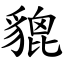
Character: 貔